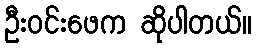
ဦးဝင်းဖေက ဆိုပါတယ်။